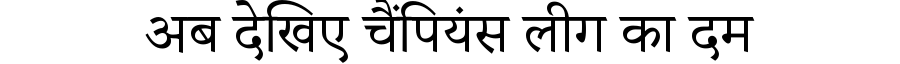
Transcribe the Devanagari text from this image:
अब देखिए चैंपियंस लीग का दम